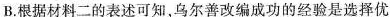
B根据材料二的表述可知乌尔善改编成功的经验是选择优